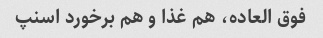
فوق العاده، هم غذا و هم برخورد اسنپ